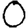
Digit: 0